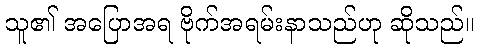
သူ၏ အပြောအရ ဗိုက်အရမ်းနာသည်ဟု ဆိုသည်။